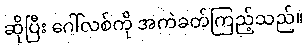
ဆိုပြီး ဂေါ်လစ်ကို အကဲခတ်ကြည့်သည်။